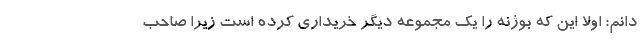
دانم؛ اولا این که بوژنه را یک مجموعه دیگر خریداری کرده است زیرا صاحب